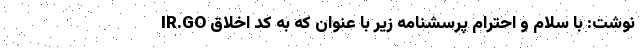
نوشت: با سلام و احترام پرسشنامه زیر با عنوان که به کد اخلاق IR.GO